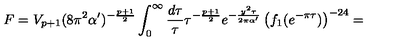
F = V _ { p + 1 } ( 8 \pi ^ { 2 } \alpha ^ { \prime } ) ^ { - \frac { p + 1 } { 2 } } \int _ { 0 } ^ { \infty } \frac { d \tau } { \tau } \tau ^ { - \frac { p + 1 } { 2 } } e ^ { - \frac { y ^ { 2 } \tau } { 2 \pi \alpha ^ { \prime } } } \left( f _ { 1 } ( e ^ { - \pi \tau } ) \right) ^ { - 2 4 } =